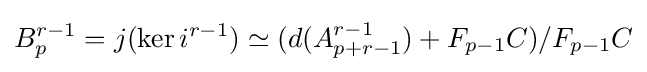
B_{p}^{r-1}=j(\operatorname {ker} i^{r-1})\simeq (d(A_{p+r-1}^{r-1})+F_{p-1}C)/F_{p-1}C